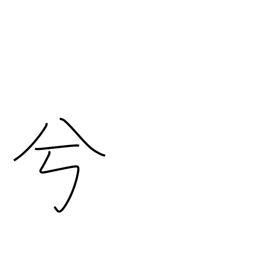
Meaning: auxiliary word for euphony or emphasis